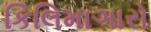
કિલિમાઞારો